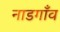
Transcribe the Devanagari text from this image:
नाडगाँव